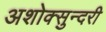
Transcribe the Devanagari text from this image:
अशोक्सुन्दरी